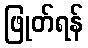
ဖြုတ်ရန်